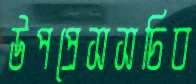
উপপ্রেসসচিব